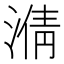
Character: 𣹥